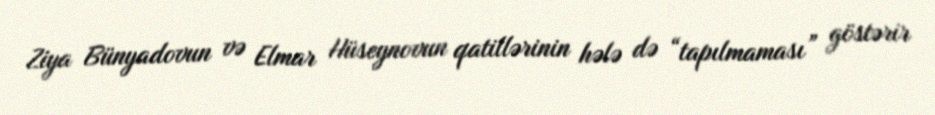
Ziya Bünyadovun və Elmar Hüseynovun qatillərinin hələ də “tapılmaması” göstərir